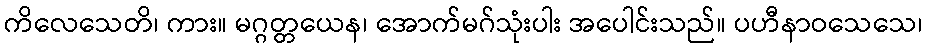
ကိလေသေတိ၊ ကား။ မဂ္ဂတ္တယေန၊ အောက်မဂ်သုံးပါး အပေါင်းသည်။ ပဟီနာဝသေသေ၊